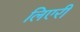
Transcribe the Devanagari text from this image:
लिएरी